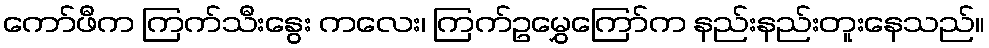
ကော်ဖီက ကြက်သီးနွေး ကလေး၊ ကြက်ဥမွှေကြော်က နည်းနည်းတူးနေသည်။